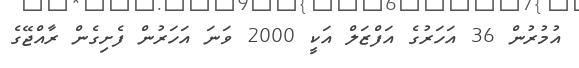
އުމުރުން 36 އަހަރުގެ އަފްޒަލް އަކީ 2000 ވަނަ އަހަރުން ފެށިގެން ރާއްޖޭގެ